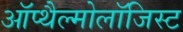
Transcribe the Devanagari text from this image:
ऑप्थैल्मोलॉजिस्ट